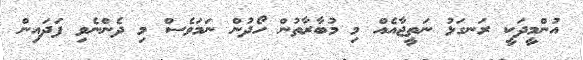
އުންމީދަކީ ރަނގަޅު ނަތީޖާއެއް މި މުބާރާތުން ހޯދުން ނަމަވެސް މި ދެންނެވި ފަދައިން